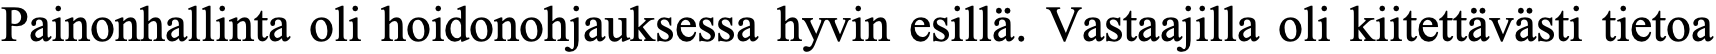
Painonhallinta oli hoidonohjauksessa hyvin esillä. Vastaajilla oli kiitettävästi tietoa